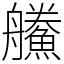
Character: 䲍